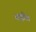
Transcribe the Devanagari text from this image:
शाईंचा